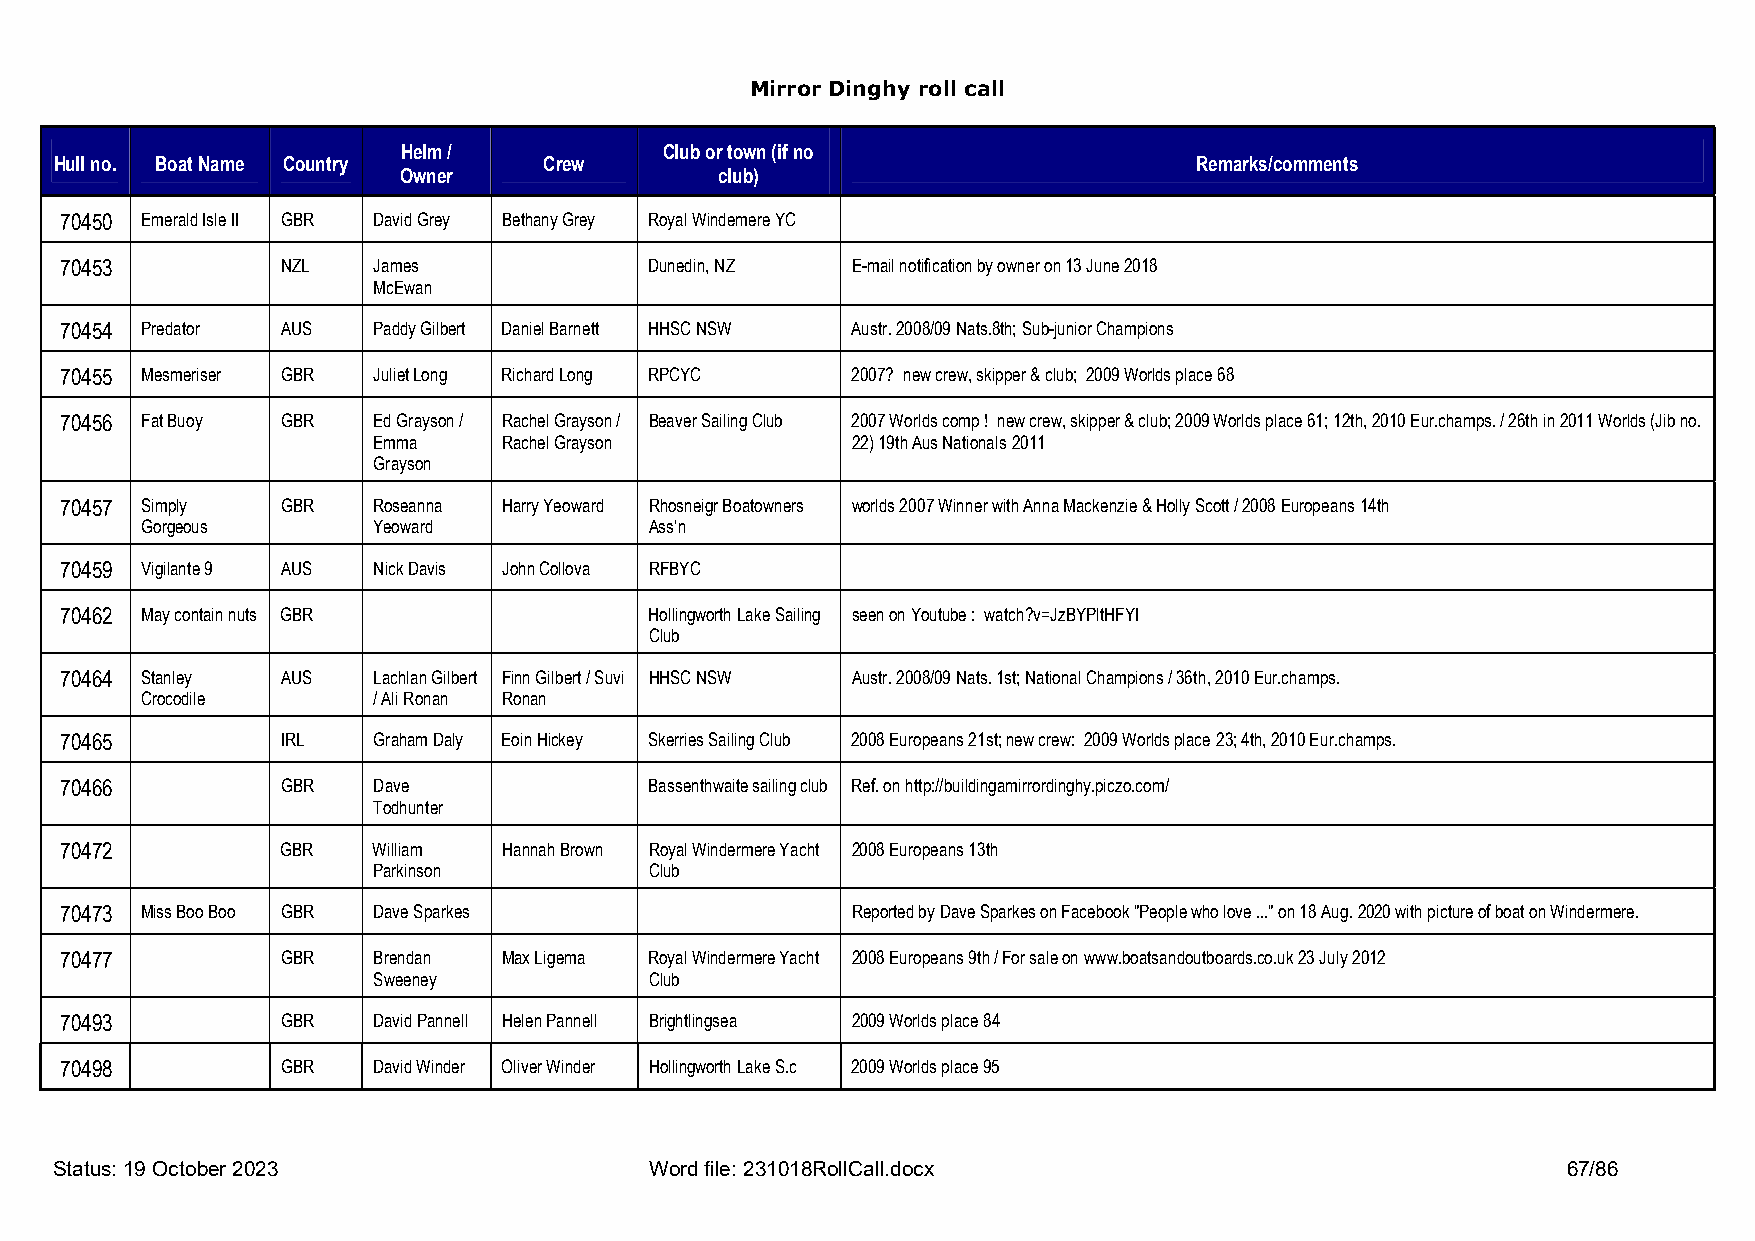
Mirror Dinghy roll call
 Helm /           Club or town (if no
 Hull no. Boat Name Country      Crew                                       Remarks/comments
 Owner                 club)
 70450 Emerald Isle II GBR David Grey Bethany Grey Royal Windemere YC
 70453          NZL   James             Dunedin, NZ  E-mail notification by owner on 13 June 2018
 McEwan
 70454 Predator AUS   Paddy Gilbert Daniel Barnett HHSC NSW Austr. 2008/09 Nats.8th; Sub-junior Champions
 70455 Mesmeriser GBR Juliet Long Richard Long RPCYC 2007? new crew, skipper & club; 2009 Worlds place 68
 70456 Fat Buoy GBR   Ed Grayson / Rachel Grayson / Beaver Sailing Club 2007 Worlds comp ! new crew, skipper & club; 2009 Worlds place 61; 12th, 2010 Eur.champs. / 26th in 2011 Worlds (Jib no.
 Emma    Rachel Grayson         22) 19th Aus Nationals 2011
 Grayson
 70457 Simply   GBR   Roseanna Harry Yeoward Rhosneigr Boatowners worlds 2007 Winner with Anna Mackenzie & Holly Scott / 2008 Europeans 14th
 Gorgeous        Yeoward           Ass’n
 70459 Vigilante 9 AUS Nick Davis John Collova RFBYC
 70462 May contain nuts GBR             Hollingworth Lake Sailing seen on Youtube : watch?v=JzBYPltHFYI
 Club
 70464 Stanley  AUS   Lachlan Gilbert Finn Gilbert / Suvi HHSC NSW Austr. 2008/09 Nats. 1st; National Champions / 36th, 2010 Eur.champs.
 Crocodile       / Ali Ronan Ronan
 70465          IRL   Graham Daly Eoin Hickey Skerries Sailing Club 2008 Europeans 21st; new crew: 2009 Worlds place 23; 4th, 2010 Eur.champs.
 70466          GBR   Dave              Bassenthwaite sailing club Ref. on http://buildingamirrordinghy.piczo.com/
 Todhunter
 70472          GBR   William Hannah Brown Royal Windermere Yacht 2008 Europeans 13th
 Parkinson         Club
 70473 Miss Boo Boo GBR Dave Sparkes                 Reported by Dave Sparkes on Facebook "People who love ..." on 18 Aug. 2020 with picture of boat on Windermere.
 70477          GBR   Brendan Max Ligema Royal Windermere Yacht 2008 Europeans 9th / For sale on www.boatsandoutboards.co.uk 23 July 2012
 Sweeney           Club
 70493          GBR   David Pannell Helen Pannell Brightlingsea 2009 Worlds place 84
 70498          GBR   David Winder Oliver Winder Hollingworth Lake S.c 2009 Worlds place 95
 Status: 19 October 2023                Word file: 231018RollCall.docx                               67/86